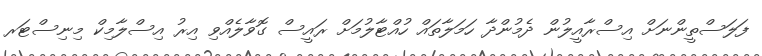
ފަލަސްތީންނަށް އިސްރާއީލުން ދެމުންދާ ހަމަލާތައް ހުއްޓާލުމަށް ރައީސް ގޮވާލެއްވި އިރު އިސްލާމިކް މިނިސްޓަރ